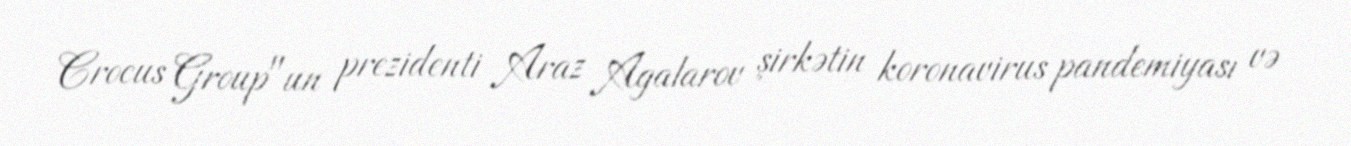
Crocus Group"un prezidenti Araz Agalarov şirkətin koronavirus pandemiyası və